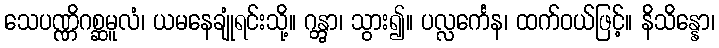
သေပဏ္ဏိဂစ္ဆမူလံ၊ ယမနေချုံရင်းသို့။ ဂန္တွာ၊ သွား၍။ ပလ္လင်္ကေန၊ ထက်ဝယ်ဖြင့်။ နိသိန္နော၊